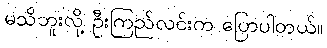
မသိဘူးလို့ ဦးကြည်လင်းက ပြောပါတယ်။